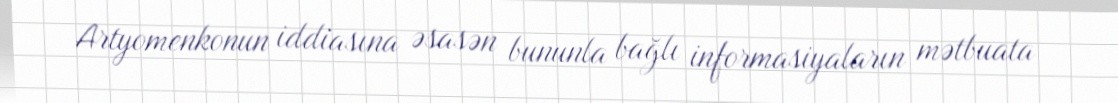
Artyomenkonun iddiasına əsasən bununla bağlı informasiyaların mətbuata